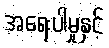
အရေးပါမှုနှင့်